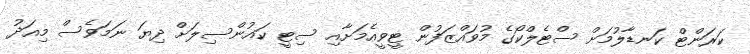
ކަރަންޓް ކަނޑާލުމަށް ސްޓެލްކޯގެ މުވައްޒަފުން ޓީވީއެމަށާއި ސިޓީ ކައުންސިލަށް ދިޔަ ނަމަވެސް މިއަދު